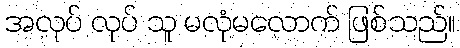
အလုပ် လုပ် သူ မလုံမလောက် ဖြစ်သည်။